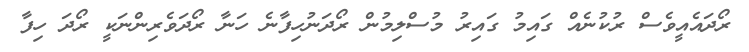
ރޯދައެއީވެސް ރުކުނެއް ގައިމު ގައިރު މުސްލިމުން ރޯދަނުހިފާނެ ހަނާ ރޯދަވެރިންނަކީ ރޯދަ ހިފާ